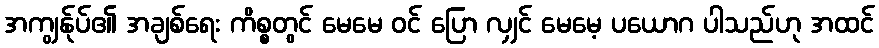
အကျွန်ုပ်၏ အချစ်ရေး ကိစ္စတွင် မေမေ ဝင် ပြော လျှင် မေမေ့ ပယောဂ ပါသည်ဟု အထင်